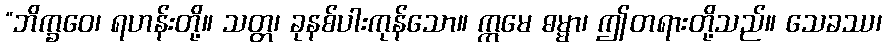
“ဘိက္ခဝေ၊ ရဟန်းတို့။ သတ္တ၊ ခုနစ်ပါးကုန်သော။ ဣမေ ဓမ္မာ၊ ဤတရားတို့သည်။ သေခဿ၊